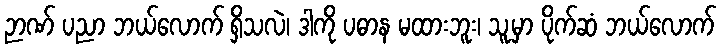
ဉာဏ် ပညာ ဘယ်လောက် ရှိသလဲ၊ ဒါကို ပဓာန မထားဘူး၊ သူ့မှာ ပိုက်ဆံ ဘယ်လောက်